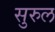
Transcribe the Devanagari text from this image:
सुरुल